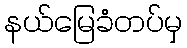
နယ်မြေခံတပ်မှ